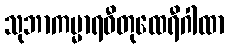
သုဘာကမ္မာရဓီတုထေရီဂါထာ